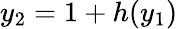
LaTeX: y_{2}=1+h(y_{1})